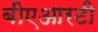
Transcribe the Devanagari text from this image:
बीएआरटी